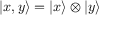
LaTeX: | x , y \rangle = | x \rangle \otimes | y \rangle